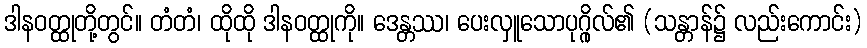
ဒါနဝတ္ထုတို့တွင်။ တံတံ၊ ထိုထို ဒါနဝတ္ထုကို။ ဒေန္တဿ၊ ပေးလှူသောပုဂ္ဂိုလ်၏ (သန္တာန်၌ လည်းကောင်း)